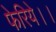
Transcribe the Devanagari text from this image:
फेरिये।।